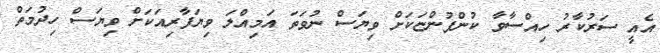
އެއީ ސަރުކާރު ހިއްސާވާ ކުންފުންޏަކަށް ވިޔަސް ނުވަތަ އަމިއްލަ ވިޔަފާރިއަކަށް ވިޔަސް ހިދުމަތް